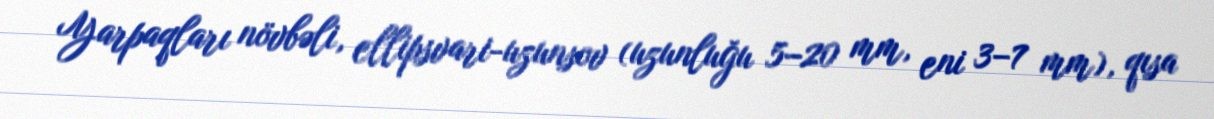
Yarpaqları növbəli, ellipsvari-uzunsov (uzunluğu 5–20 mm, eni 3–7 mm), qısa